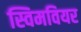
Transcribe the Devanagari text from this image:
स्विमवियर